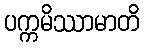
ပက္ကမိဿာမာတိ